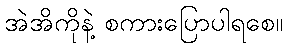
အဲအိကိုနဲ့ စကားပြောပါရစေ။